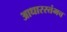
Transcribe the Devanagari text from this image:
आधारस्तंभच